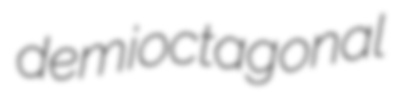
demioctagonal